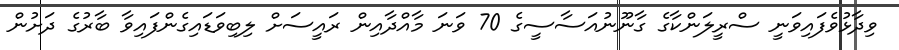
ވިދާޅުވެފައިވަނީ ސްރީލަންކާގެ ގާނޫނުއަސާސީގެ 70 ވަނަ މާއްދާއިން ރައީސަށް ލިބިވަޑައިގެންފައިވާ ބާރުގެ ދަށުން